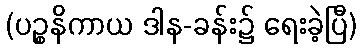
(ပဉ္စနိကာယ ဒါန-ခန်း၌ ရေးခဲ့ပြီ)